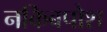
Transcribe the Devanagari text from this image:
नकिबपोश